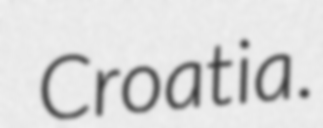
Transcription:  Croatia.